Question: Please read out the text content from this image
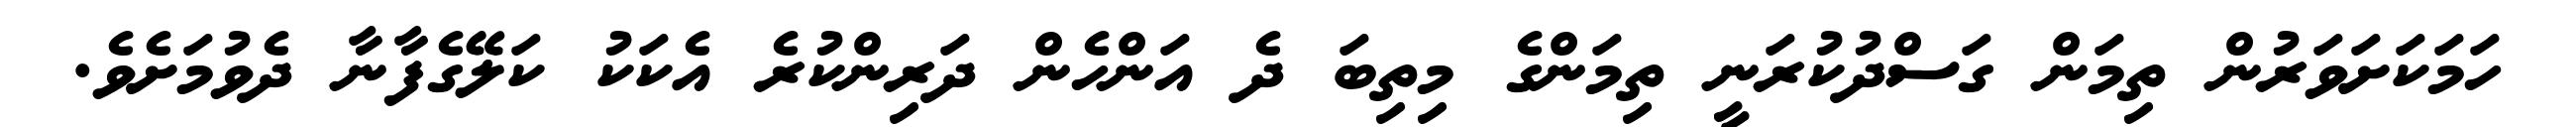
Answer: ހަމަކަށަވަރުން ތިމަން ގަސްދުކުރަނީ ތިމަންގެ މިތިބަ ދެ އަންހެން ދަރިންކުރެ އެކަކު ކަލޭގެފާނާ ދެވުމަށެވެ.